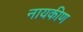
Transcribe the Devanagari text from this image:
नायकीण